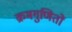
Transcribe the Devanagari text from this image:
क्रमगुणितों